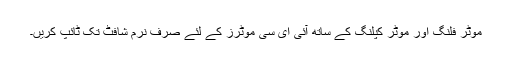
موٹر فلنگ اور موٹر کپلنگ کے ساتھ آئی ای سی موٹرز کے لئے صرف نرم شافٹ تک ٹائپ کریں۔